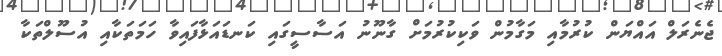
ޖެނެރަލް އައްޔަން ކުރުމާއި މަގާމުން ވަކިކުރުމަށް ގާނޫނު އަސާސީގައި ކަނޑައަޅާފައިވާ ހަމަތަކާއި އުސޫލްތަކާ